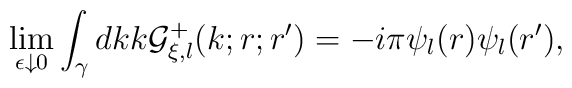
\lim_{\epsilon\downarrow 0} \displaystyle\int_\gamma dk k{\cal G}^+_{\xi,l} (k;r;r') = -i\pi \psi_l (r) \psi_l (r'),